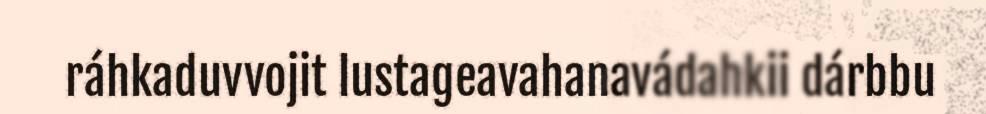
ráhkaduvvojit lustageavahanavádahkii dárbbu